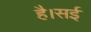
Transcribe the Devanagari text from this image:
है।सई